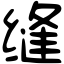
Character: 缝